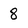
Character: 8